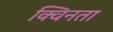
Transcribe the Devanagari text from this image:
क्विनता